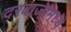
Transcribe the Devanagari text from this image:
दरवाजामध्ये